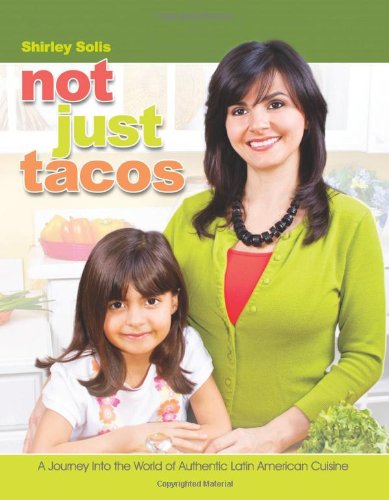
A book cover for Not Just Tacos A Journey Into the World of Authentic Latin American Cuisine; Shirley Solis; Cookbooks, Food & Wine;